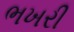
ભખરી